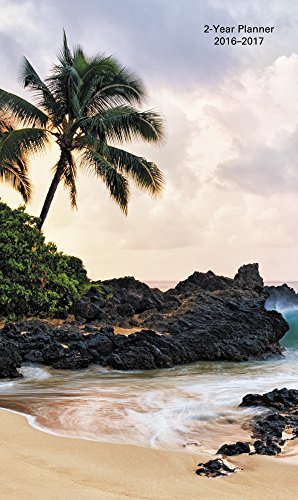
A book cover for Tropical Getaway Pocket Planner 2 Year (2016); Mead; Calendars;